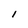
Character: I